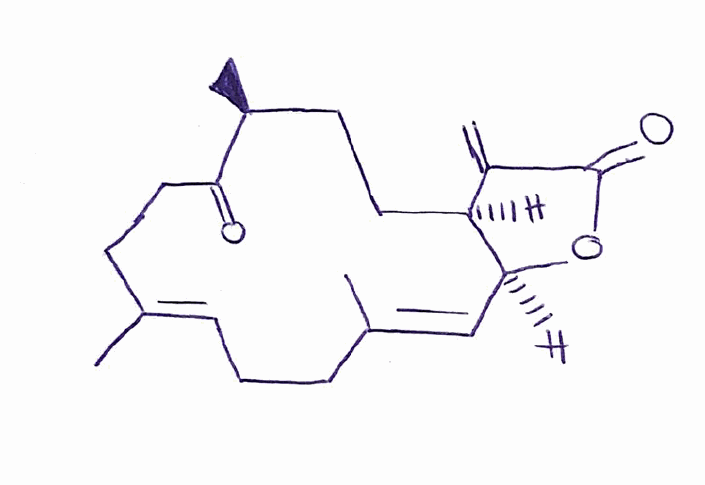
Simplified molecular-input line-entry system (SMILES) notation of the given molecule:
C[C@H]1CC[C@@H]2[C@H](/C=C(/CC/C=C(/CCC1=O)\C)\C)OC(=O)C2=C